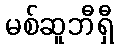
မစ်ဆူဘီရှီ